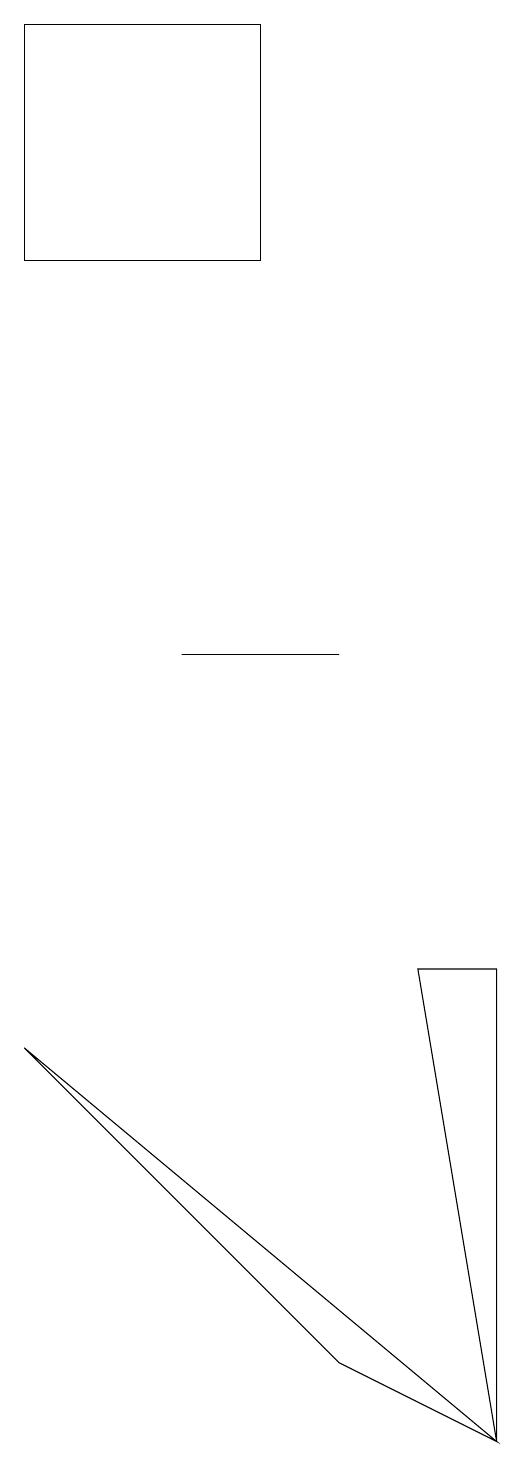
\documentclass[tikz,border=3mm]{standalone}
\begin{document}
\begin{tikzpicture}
\draw (8,1) -- (8,7) -- (7,7) -- cycle;
\draw (6,2) -- (2,6) -- (8,1) -- cycle;
\draw (5,16) rectangle (2,19);
\draw (4,11) rectangle (6,11);
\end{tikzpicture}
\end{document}